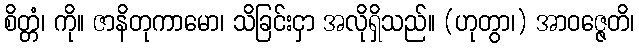
စိတ္တံ၊ ကို။ ဇာနိတုကာမော၊ သိခြင်းငှာ အလိုရှိသည်။ (ဟုတွာ၊) အာဝဇ္ဇေတိ၊